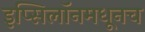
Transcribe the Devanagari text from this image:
इप्सिलॉनमधूनच